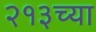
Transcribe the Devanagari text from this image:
२१३च्या